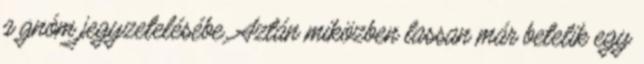
a gnóm jegyzetelésébe. Aztán miközben lassan már betelik egy